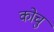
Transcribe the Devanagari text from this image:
कोचु